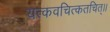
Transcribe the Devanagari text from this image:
यत्कवचित्कतचित्।।